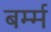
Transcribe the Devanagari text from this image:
बर्म्म